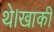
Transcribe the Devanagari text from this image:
थे।खाकी